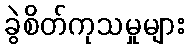
ခွဲစိတ်ကုသမှုများ